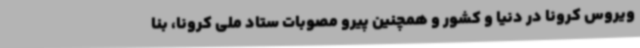
ویروس کرونا در دنیا و کشور و همچنین پیرو مصوبات ستاد ملی کرونا، بنا